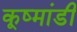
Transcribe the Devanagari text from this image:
कूष्मांडी